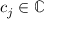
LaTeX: c _ { j } \in \mathbb { C }